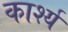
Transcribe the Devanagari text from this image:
कार्श्य